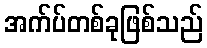
အက်ပ်တစ်ခုဖြစ်သည်